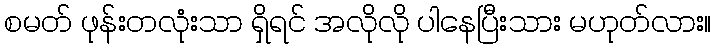
စမတ် ဖုန်းတလုံးသာ ရှိရင် အလိုလို ပါနေပြီးသား မဟုတ်လား။